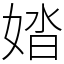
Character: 㛥